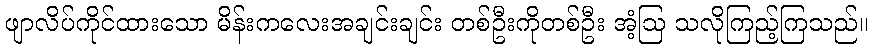
ဖျာလိပ်ကိုင်ထားသော မိန်းကလေးအချင်းချင်း တစ်ဦးကိုတစ်ဦး အံ့ဩ သလိုကြည့်ကြသည်။